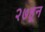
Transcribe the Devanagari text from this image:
२७हून